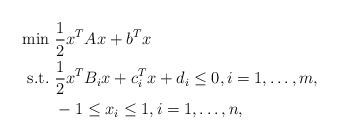
LaTeX: \begin{align*}\begin{aligned}\min&\ \frac{1}{2}x^TAx+b^Tx\\\mbox{s.t.}&\ \frac{1}{2}x^TB_ix+c_i^Tx+d_i\leq0,i=1,\dots,m,\\&\ -1\leq x_i \leq1, i=1,\dots,n,\end{aligned}\end{align*}